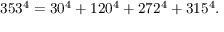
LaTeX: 3 5 3 ^ { 4 } = 3 0 ^ { 4 } + 1 2 0 ^ { 4 } + 2 7 2 ^ { 4 } + 3 1 5 ^ { 4 } .